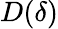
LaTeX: D(\delta)